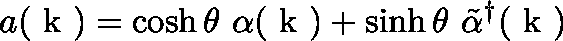
a ( \mathrm { \boldmath ~ k ~ } ) = \cosh \theta \ \alpha ( \mathrm { \boldmath ~ k ~ } ) + \sinh \theta \ \tilde { \alpha } ^ { \dagger } ( \mathrm { \boldmath ~ k ~ } )